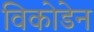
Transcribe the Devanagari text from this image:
विकोडेन